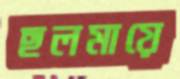
ছলমায়ে